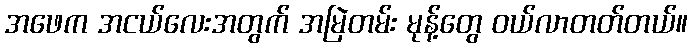
အဖေက အငယ်လေးအတွက် အမြဲတမ်း မုန့်တွေ ဝယ်လာတတ်တယ်။